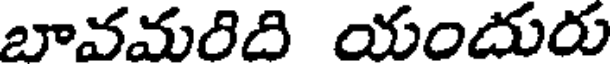
బావమరిది యందురు